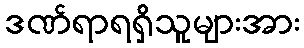
ဒဏ်ရာရရှိသူများအား